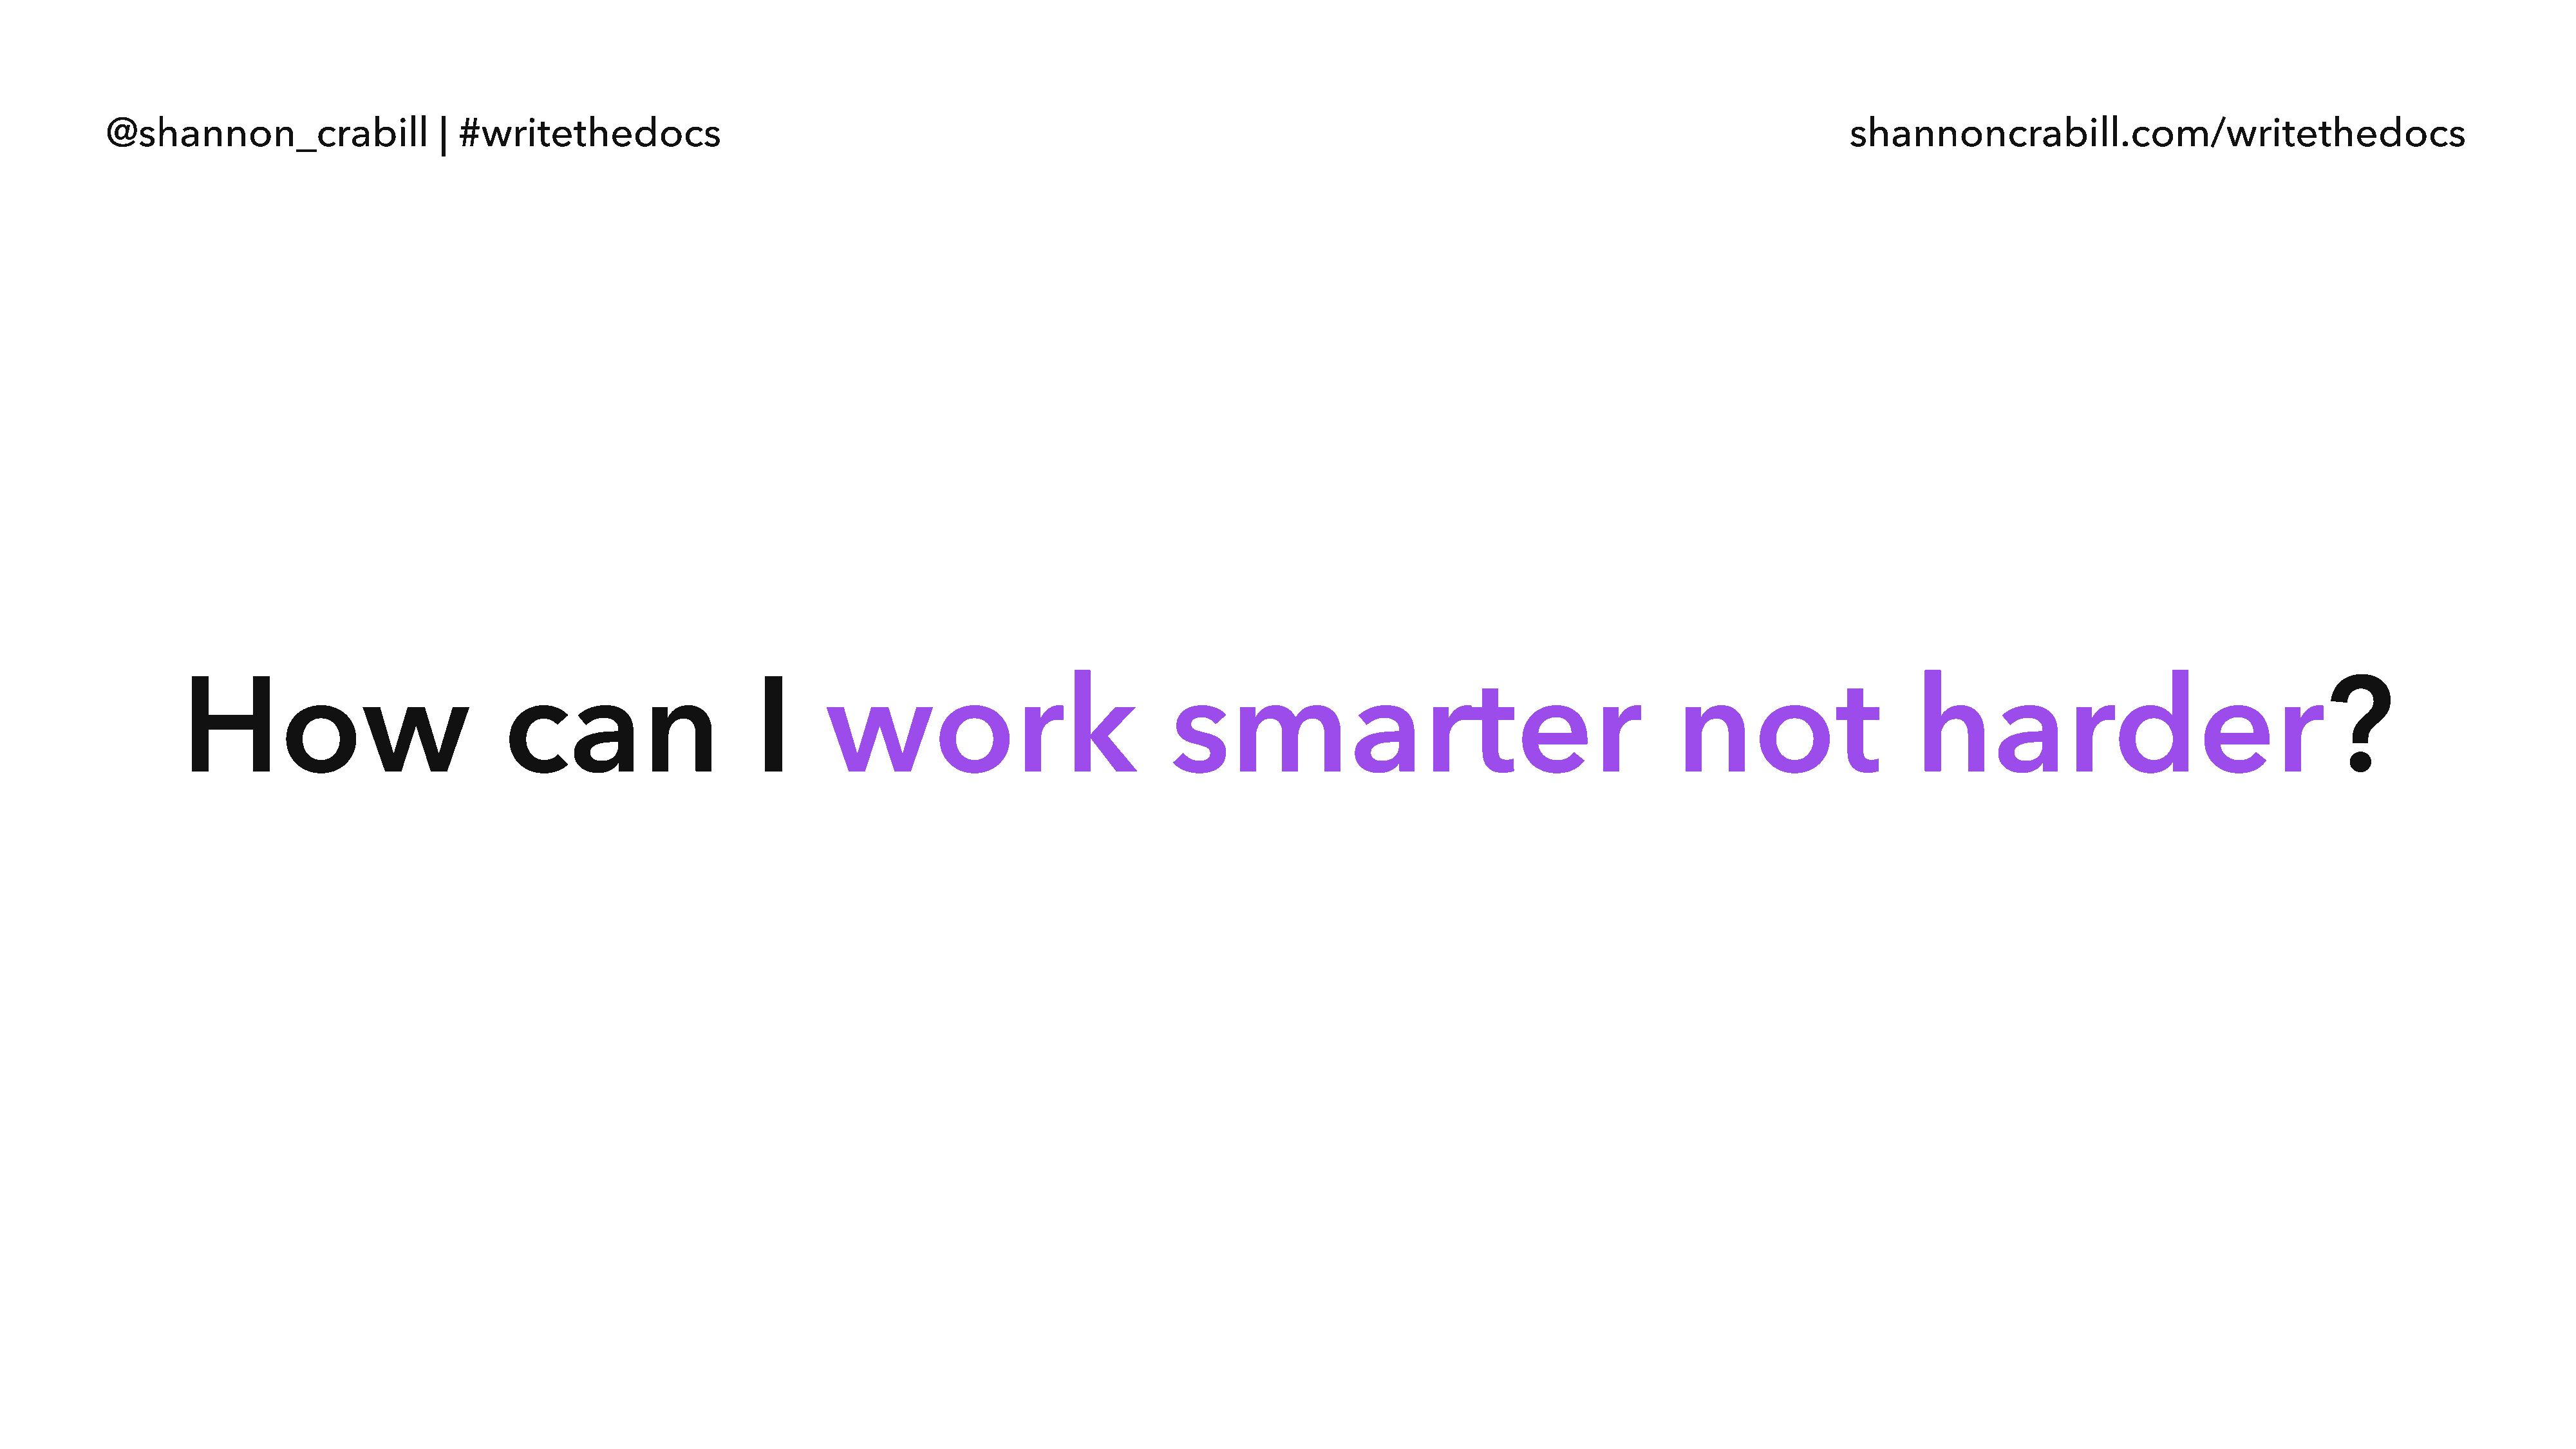
@shannon_crabill                  | #writethedocs                                                                                                                                  shannoncrabill.com/writethedocs
 How                              can                       I      work                               smarter                                             not                      harder?